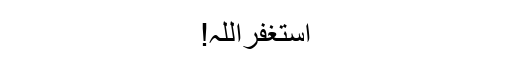
استغفراللہ!